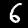
Label: 6